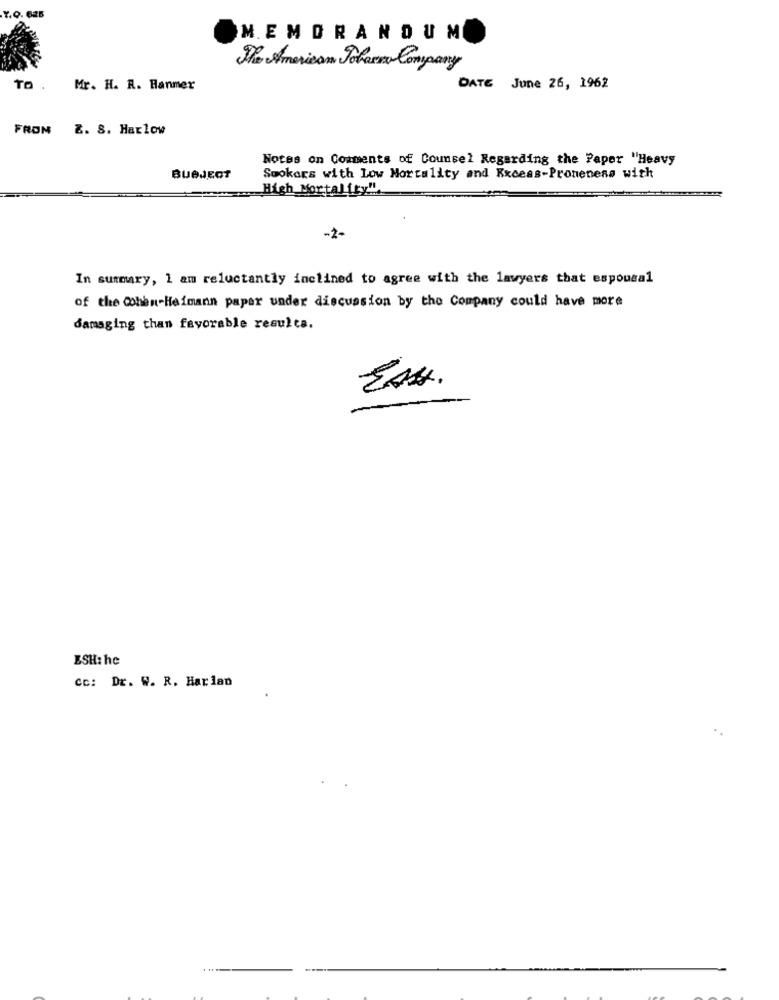
7.0. 625
MEMORANDUM
The American Johanna Company
TO .
Mr. H. R. Hanmer
DATE June 26, 1962
FROM Z. S. Harlow
Notes on Comments of Counsel Regarding the Paper "Heavy
BUBJECT
Sookors with Low Mortality and Rxceas-Proneness with
High Mortality"
-2-
In summary, 1 am reluctantly inclined to agree with the lawyers that espousal
of the Cohen-Heimann papar under discussion by the Company could have more
damaging than favorable results.
ESH: hc
Cc: Dr. W. R. Harlan